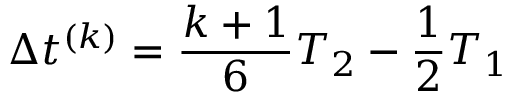
\Delta t ^ { ( k ) } = \frac { k + 1 } { 6 } T _ { 2 } - \frac { 1 } { 2 } T _ { 1 }